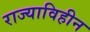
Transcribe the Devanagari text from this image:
राज्याविहीन